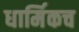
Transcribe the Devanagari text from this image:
धार्मिकच